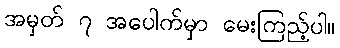
အမှတ် ၇ အပေါက်မှာ မေးကြည့်ပါ။